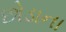
છોડાના